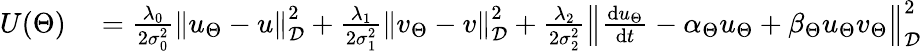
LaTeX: \begin{array}{rl}{U(\Theta)}&{{}=\frac{\lambda_{0}}{2\sigma_{0}^{2}}\left\| u_{\Theta}-u\right\| _{\mathcal{D}}^{2}+\frac{\lambda_{1}}{2\sigma_{1}^{2}}\left\| v_{\Theta}-v\right\| _{\mathcal{D}}^{2}+\frac{\lambda_{2}}{2\sigma_{2}^{2}}\left\| \frac{\mathrm{d}u_{\Theta}}{\mathrm{d}t}-\alpha_{\Theta}u_{\Theta}+\beta_{\Theta}u_{\Theta}v_{\Theta}\right\| _{\mathcal{D}}^{2}}\end{array}